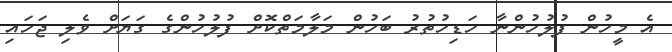
އެ މީހުން ފުލުހުންނާ ހަޑިހުތުރު ބަހުން މަލާމަތްކޮށް ފުލުހުންގެ ގަޔަށް ވެލި ޖަހައި